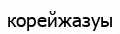
корейжазуы